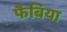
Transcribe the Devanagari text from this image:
फैबिया